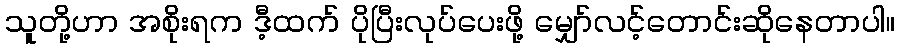
သူတို့ဟာ အစိုးရက ဒီ့ထက် ပိုပြီးလုပ်ပေးဖို့ မျှော်လင့်တောင်းဆိုနေတာပါ။